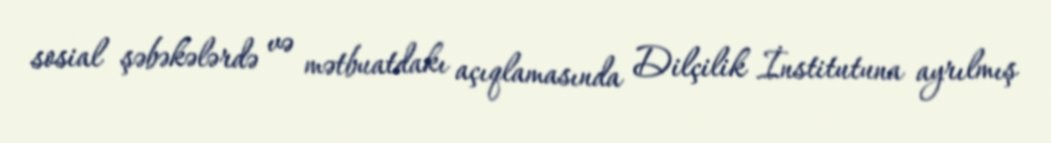
sosial şəbəkələrdə və mətbuatdakı açıqlamasında Dilçilik İnstitutuna ayrılmış